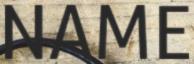
NAME